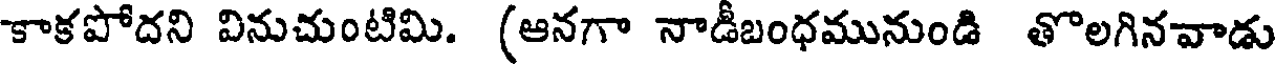
కాకపోదని వినుచుంటిమి. (ఆనగా నాడీబంధమునుండి తొలగినవాడు